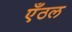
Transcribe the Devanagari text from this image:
एँठल